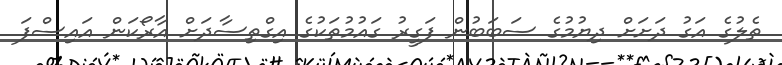
ތެލުގެ އަގު ދަށަށް ދިޔުމުގެ ސަބަބުން ފަގީރު ގައުމުތަކުގެ އިގްތިސާދަށް އާރޯކަން އައިސްފަ